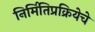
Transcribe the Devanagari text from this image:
निर्मितिप्रक्रियेचे